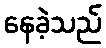
နေခဲ့သည်